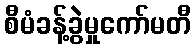
စီမံခန့်ခွဲမှုကော်မတီ